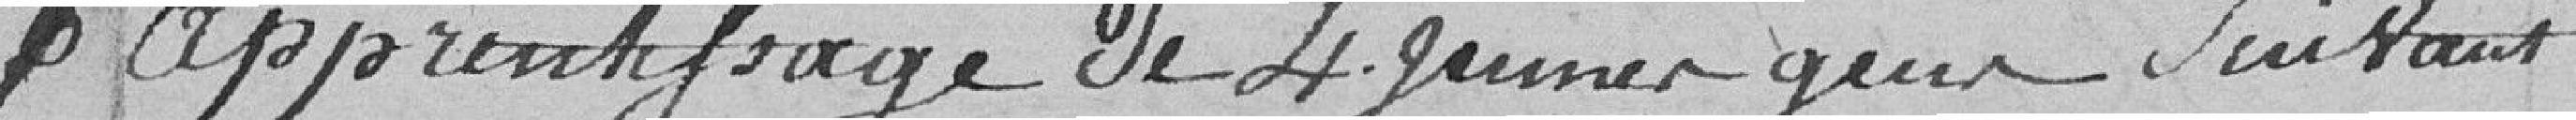
apprentissage de 4 jeunes gens suivants